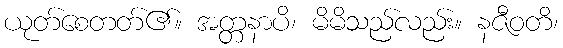
ယုတ်စေတတ်၏။ အတ္တနာပိ၊ မိမိသည်လည်း။ နဇီဝတိ၊